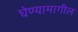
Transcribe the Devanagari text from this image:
घेण्यामागील